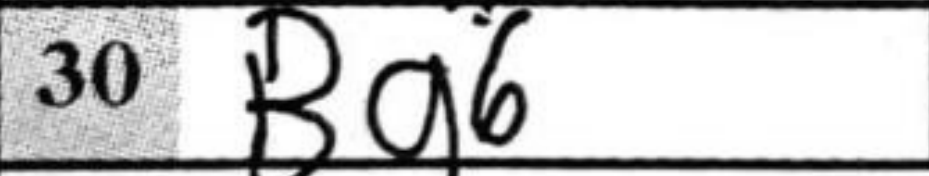
Transcription: Bg6